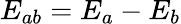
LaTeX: E_{ab}=E_{a}-E_{b}